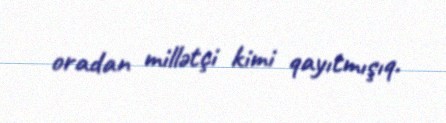
oradan millətçi kimi qayıtmışıq.